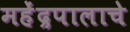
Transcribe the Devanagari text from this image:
महेंद्रपालाचे